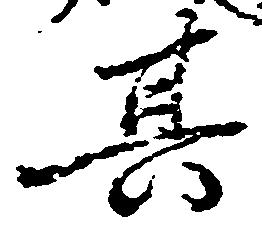
其